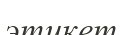
этикет